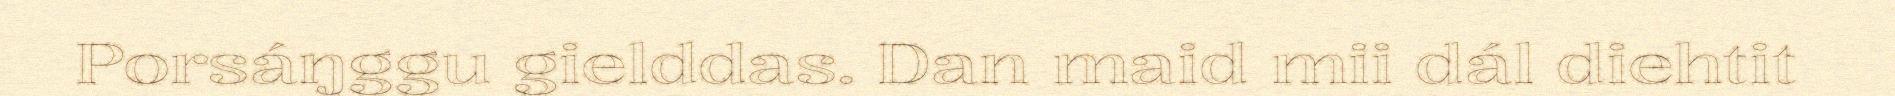
Porsáŋggu gielddas. Dan maid mii dál diehtit